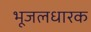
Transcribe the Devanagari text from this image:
भूजलधारक